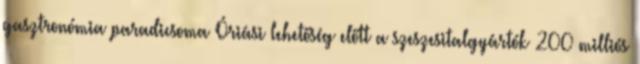
gasztronómia paradicsoma Óriási lehetőség előtt a szeszesitalgyártók 200 milliós